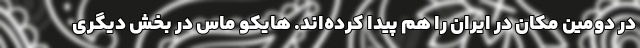
در دومین مکان در ایران را هم پیدا کرده‌اند. هایکو ماس در بخش دیگری